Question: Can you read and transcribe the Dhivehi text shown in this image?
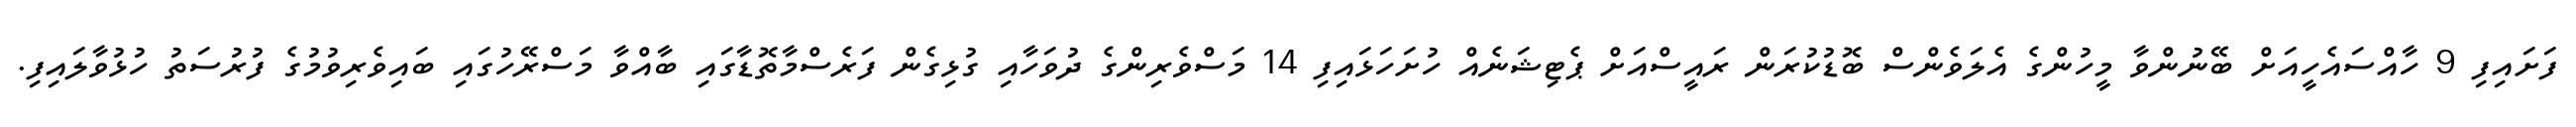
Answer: ފަށައިފި 9 ހާއްސައެހީއަށް ބޭނުންވާ މީހުންގެ އެލަވެންސް ބޮޑުކުރަން ރައީސްއަށް ޕެޓިޝަނެއް ހުށަހަޅައިފި 14 މަސްވެރިންގެ ދުވަހާއި ގުޅިގެން ފަރެސްމާތޮޑާގައި ބާއްވާ މަސްރޭހުގައި ބައިވެރިވުމުގެ ފުރުސަތު ހުޅުވާލައިފި.